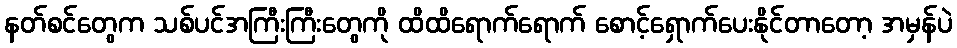
နတ်စင်တွေက သစ်ပင်အကြီးကြီးတွေကို ထိထိရောက်ရောက် စောင့်ရှောက်ပေးနိုင်တာတော့ အမှန်ပဲ